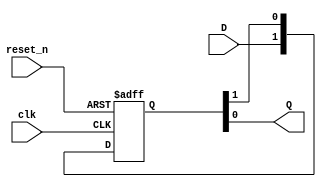
`timescale 1ns / 1ps

module synchronizer
    #(parameter STAGES = 2)(
    input clk, reset_n,
    input D,
    output Q
    );
    
    reg [STAGES - 1:0] Q_reg;
    always @(posedge clk, negedge reset_n)
    begin
        if (~reset_n)
            Q_reg <= 'b0;
        else
            Q_reg <= {D, Q_reg[STAGES - 1:1]};
    end
    
    assign Q = Q_reg[0];
endmodule